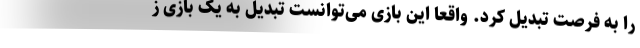
را به فرصت تبدیل کرد. واقعا این بازی می‌توانست تبدیل به یک بازی ز